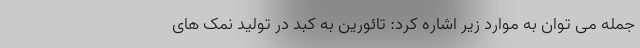
جمله می توان به موارد زیر اشاره کرد: تائورین به کبد در تولید نمک های